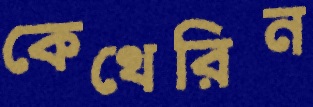
কেথেরিন